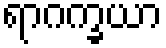
ရာဂက္ခယာ